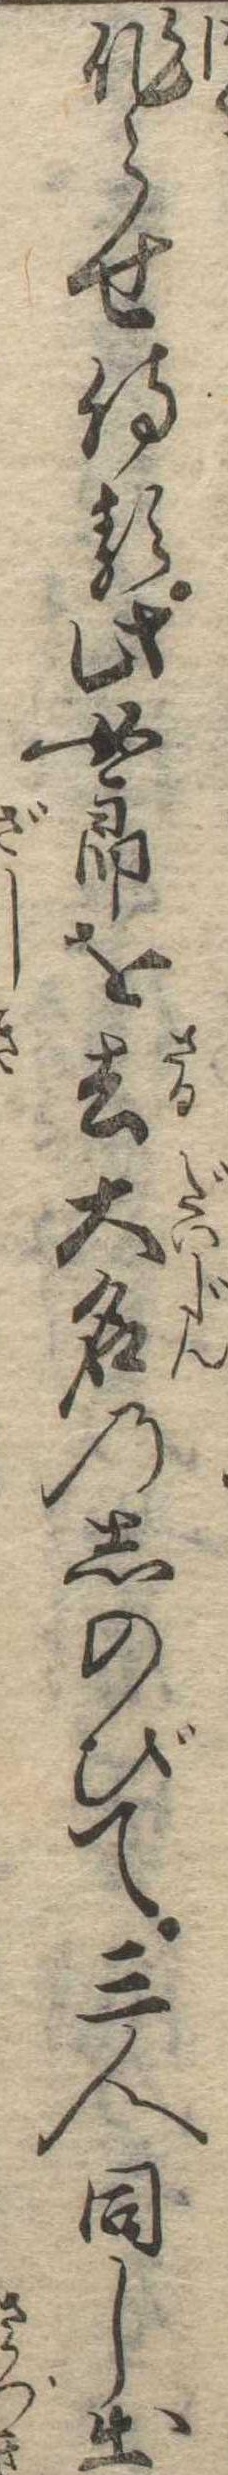
作らせ侍る此女郎を去大名のしのびて三人同し出